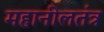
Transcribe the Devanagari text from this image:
महानीलतंत्र